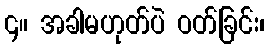
၄။ အခါမဟုတ်ပဲ ဝတ်ခြင်း၊